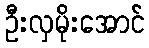
ဦးလှမိုးအောင်